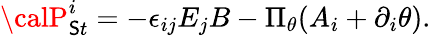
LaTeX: {\calP}_{\mathsf{S}t}^{i}=-\epsilon_{ij}E_{j}B-\Pi_{\theta}(A_{i}+\partial_{i}\theta).